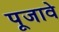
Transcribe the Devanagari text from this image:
पूजावे